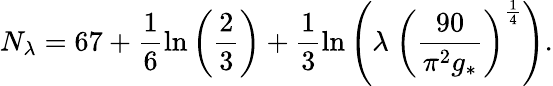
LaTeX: N_{\lambda}=67+\frac{1}{6}\ln\left(\frac{2}{3}\right)+\frac{1}{3}\ln\left(\lambda~\left(\frac{90}{\pi^{2}g_{*}}\right)^{\frac{1}{4}}\right).